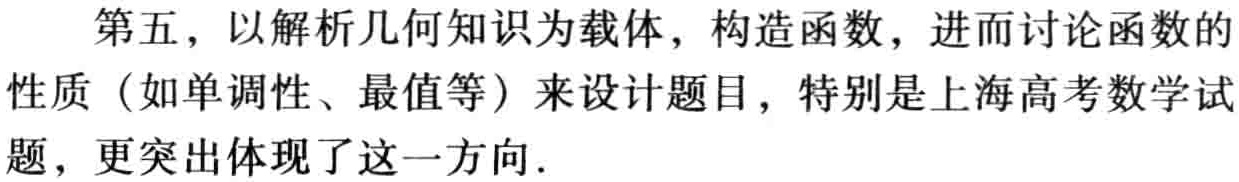
第五，以解析几何知识为载体，构造函数，进而讨论函数的性质（如单调性、最值等）来设计题目，特别是上海高考数学试题，更突出体现了这一方向.